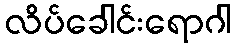
လိပ်ခေါင်းရောဂါ